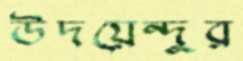
উদয়েন্দুর